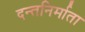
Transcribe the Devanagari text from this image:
दन्तनिर्माता